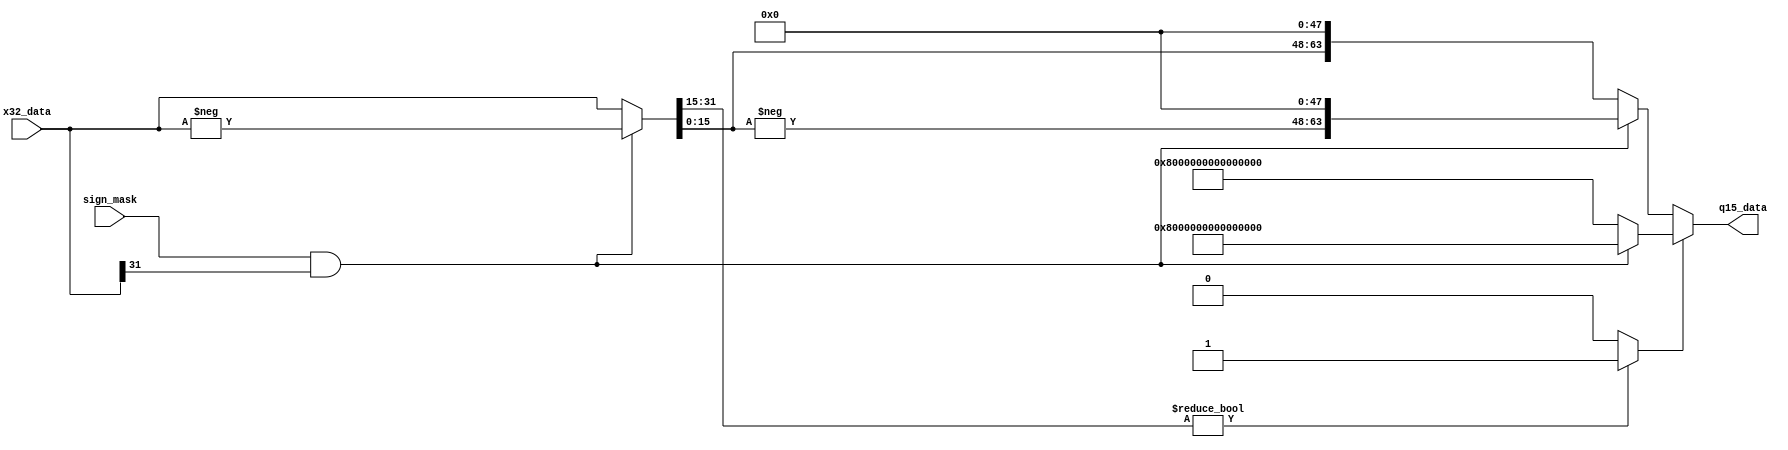
`timescale 1ns/1ps

module X32ToQ15 (
  input sign_mask,
  input [31:0] x32_data,
  output [63:0] q15_data
);

  wire sign = sign_mask & x32_data[31];
  wire signed [31:0] unsigned_x32 = sign ? -x32_data : x32_data;
  wire overflow = unsigned_x32[31:15] != 0 ? 1 : 0;

  assign q15_data =
    overflow ? (sign ? 64'h8000000000000001 : 64'h7fffffffffffffff) :
    (sign ? {-(unsigned_x32[15:0]), 48'b0} : {unsigned_x32[15:0], 48'b0});

endmodule